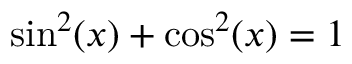
\sin ^ { 2 } ( x ) + \cos ^ { 2 } ( x ) = 1